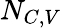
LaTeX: N_{C,V}